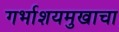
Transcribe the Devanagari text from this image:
गर्भाशयमुखाचा